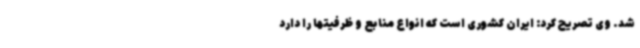
شد. وی تصریح کرد: ایران کشوری است که انواع منابع و ظرفیتها را دارد